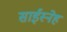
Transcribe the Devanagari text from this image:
साईस्नेह